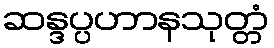
ဆန္ဒပ္ပဟာနသုတ္တံ